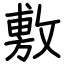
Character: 敷